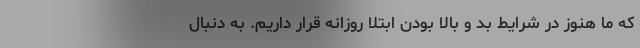
که ما هنوز در شرایط بد و بالا بودن ابتلا روزانه قرار داریم. به دنبال